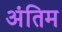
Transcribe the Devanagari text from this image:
अंतिम